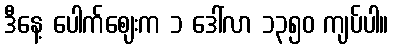
ဒီနေ့ ပေါက်ဈေးက ၁ ဒေါ်လာ ၁၃၅၀ ကျပ်ပါ။